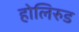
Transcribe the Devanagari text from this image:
होलिरुड